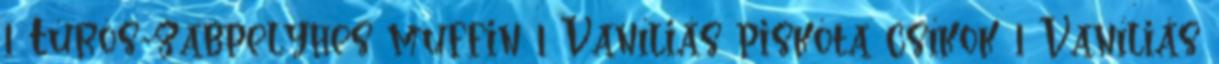
1 Túrós-zabpelyhes muffin 1 Vaníliás piskóta csíkok 1 Vaníliás